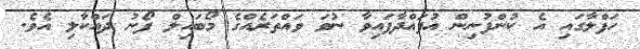
ހަފްލާގައި އެ ކުންފުނިން އުފައްދާފައިވާ ނުވަ ވައްތަރެއްގެ މޯބައިލް ފޯނު ދައްކާލި އެވެ.